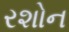
રશોન